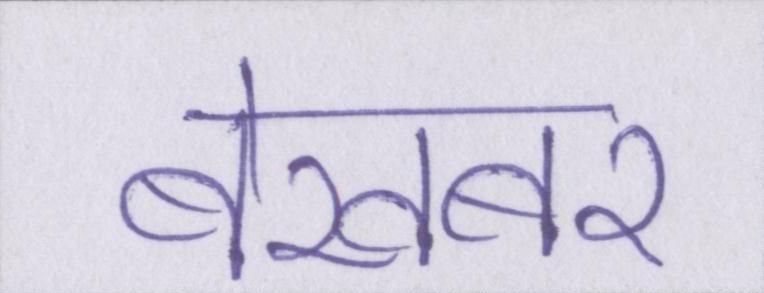
बेखबर